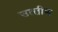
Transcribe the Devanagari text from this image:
उत्‍तीण